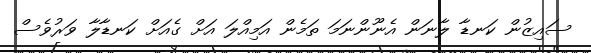
ސައިޒުން ކަނޑާ ލާނަން އެނޫންނަމަ ތަމެން އަމިއްލަ އަށް ގެއަށް ކަނޑާލާ ވަރުވެސް